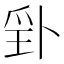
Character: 𭶬